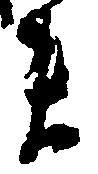
ま